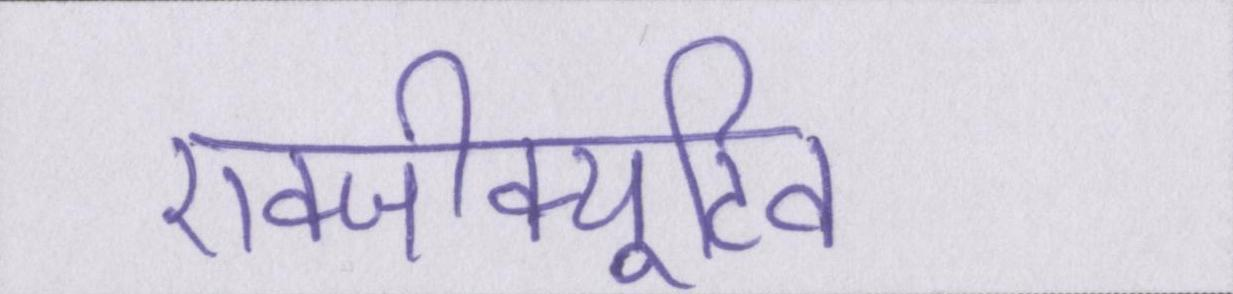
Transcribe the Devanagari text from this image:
एक्जीक्यूटिव